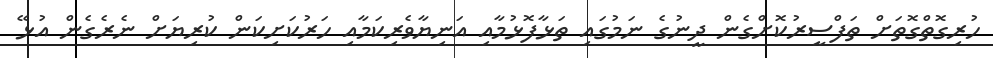
ހުރިގޮތްގޮތަށް ތަފްސީރުކޮށްގެން ދީނުގެ ނަމުގައި ތަޅާފޮޅުމާއި އަނިޔާވެރިކަމާއި ހަރުކަށިކަން ކުރިޔަށް ނެރެގެން އުޅޭ